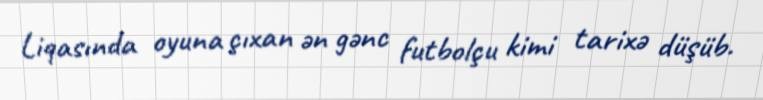
Liqasında oyuna çıxan ən gənc futbolçu kimi tarixə düşüb.